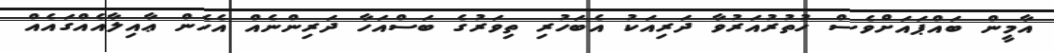
އާމީން ބައްޕައަށްވެސް ހުތުރުއަރުވާ ދަރިއަކު އެބަހުރި ތިވަރުގެ ބަސްއަހާ ދަރިންނެއް އެހެން ޢާއިލާއެއްގައެއް